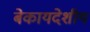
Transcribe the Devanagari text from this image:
बेकायदेशीय